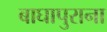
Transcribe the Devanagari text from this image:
बाघापुराना